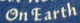
On Earth